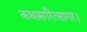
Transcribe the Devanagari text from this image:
कथासरित्सागर।